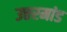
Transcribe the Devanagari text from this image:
उत्तरमांड